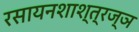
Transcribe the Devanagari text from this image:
रसायनशाश्त्रज्ञ